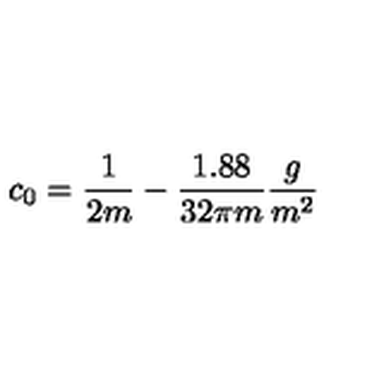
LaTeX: c _ { 0 } = \frac { 1 } { 2 m } - \frac { 1 . 8 8 } { 3 2 \pi m } \frac { g } { m ^ { 2 } }